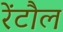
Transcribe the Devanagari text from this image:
रेंटौल